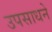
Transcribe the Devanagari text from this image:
उपसाधने